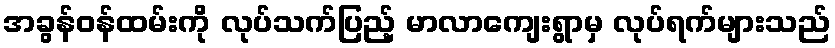
အခွန်ဝန်ထမ်းကို လုပ်သက်ပြည့် မာလာကျေးရွာမှ လုပ်ရက်များသည်